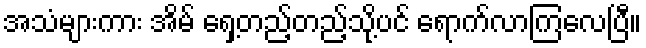
အသံများကား အိမ် ရှေ့တည့်တည့်သို့ပင် ရောက်လာကြလေပြီ။